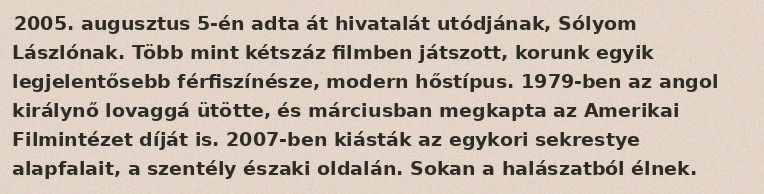
2005. augusztus 5-én adta át hivatalát utódjának, Sólyom Lászlónak. Több mint kétszáz filmben játszott, korunk egyik legjelentősebb férfiszínésze, modern hőstípus. 1979-ben az angol királynő lovaggá ütötte, és márciusban megkapta az Amerikai Filmintézet díját is. 2007-ben kiásták az egykori sekrestye alapfalait, a szentély északi oldalán. Sokan a halászatból élnek.